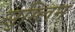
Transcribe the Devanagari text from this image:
सुम्लिन